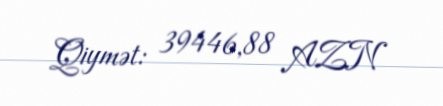
Qiymət: 39446,88 AZN